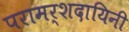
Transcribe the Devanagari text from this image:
परामर्शदायिनी